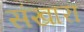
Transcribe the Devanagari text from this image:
संखारा